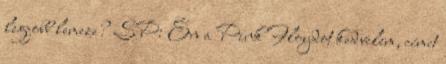
legjobb lemeze? SP: Én a Pink Floydot kedvelem, címet